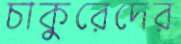
চাকুরেদের